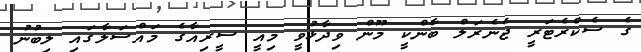
ގެ ސެކްރެޓަރީ ޖެނެރަލް ބާންކީ މޫން ވިދާޅުވީ މިއީ ސީރިއާގެ މައްސަލާގައި ލިބުނު